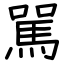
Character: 駡